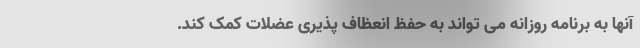
آنها به برنامه روزانه می تواند به حفظ انعظاف پذیری عضلات کمک کند.